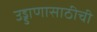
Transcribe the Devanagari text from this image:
उड्डाणासाठीची